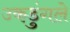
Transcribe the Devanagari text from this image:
उकडुंगले